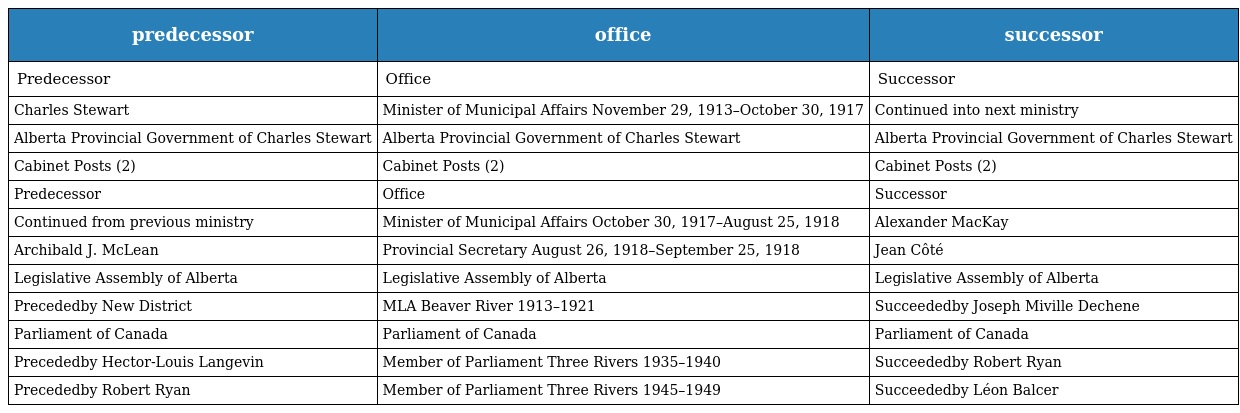
| predecessor | office | successor |
 | --- | --- | --- |
 | Predecessor | Office | Successor |
 | Charles Stewart | Minister of Municipal Affairs November 29, 1913–October 30, 1917 | Continued into next ministry |
 | Alberta Provincial Government of Charles Stewart | Alberta Provincial Government of Charles Stewart | Alberta Provincial Government of Charles Stewart |
 | Cabinet Posts (2) | Cabinet Posts (2) | Cabinet Posts (2) |
 | Predecessor | Office | Successor |
 | Continued from previous ministry | Minister of Municipal Affairs October 30, 1917–August 25, 1918 | Alexander MacKay |
 | Archibald J. McLean | Provincial Secretary August 26, 1918–September 25, 1918 | Jean Côté |
 | Legislative Assembly of Alberta | Legislative Assembly of Alberta | Legislative Assembly of Alberta |
 | Precededby New District | MLA Beaver River 1913–1921 | Succeededby Joseph Miville Dechene |
 | Parliament of Canada | Parliament of Canada | Parliament of Canada |
 | Precededby Hector-Louis Langevin | Member of Parliament Three Rivers 1935–1940 | Succeededby Robert Ryan |
 | Precededby Robert Ryan | Member of Parliament Three Rivers 1945–1949 | Succeededby Léon Balcer |